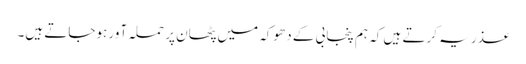
عذر یہ کرتے ہیں کہ ہم پنجابی کے دھوکہ میں پٹھان پر حملہ آور ہوجاتے ہیں۔